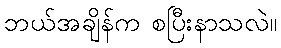
ဘယ်အချိန်က စပြီးနာသလဲ။